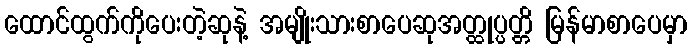
ထောင်ထွက်ကိုပေးတဲ့ဆုနဲ့ အမျိုးသားစာပေဆုအတ္ထုပ္ပတ္တိ မြန်မာစာပေမှာ